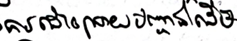
ការដោះស្រាយបញ្ហាជាដើម